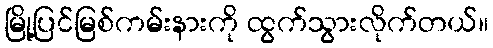
မြို့ပြင်မြစ်ကမ်းနားကို ထွက်သွားလိုက်တယ်။